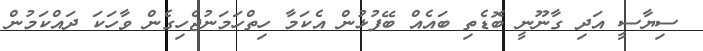
ސިޔާސީ އަދި ގާނޫނީ ބޮޑެތި ބައެއް ބޭފުޅުން އެކަމާ ހިތްހަމަނުޖެހިގެން ވާހަކަ ދައްކަމުން